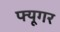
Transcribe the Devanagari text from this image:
फ्यूगर